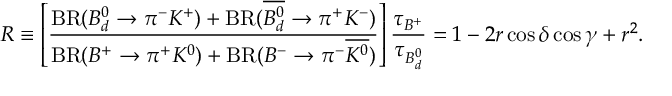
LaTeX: R \equiv \left[ \frac { \mathrm { B R } ( B _ { d } ^ { 0 } \to \pi ^ { - } K ^ { + } ) + \mathrm { B R } ( \overline { { { B _ { d } ^ { 0 } } } } \to \pi ^ { + } K ^ { - } ) } { \mathrm { B R } ( B ^ { + } \to \pi ^ { + } K ^ { 0 } ) + \mathrm { B R } ( B ^ { - } \to \pi ^ { - } \overline { { { K ^ { 0 } } } } ) } \right] \frac { \tau _ { B ^ { + } } } { \tau _ { B _ { d } ^ { 0 } } } = 1 - 2 r \cos \delta \cos \gamma + r ^ { 2 } .